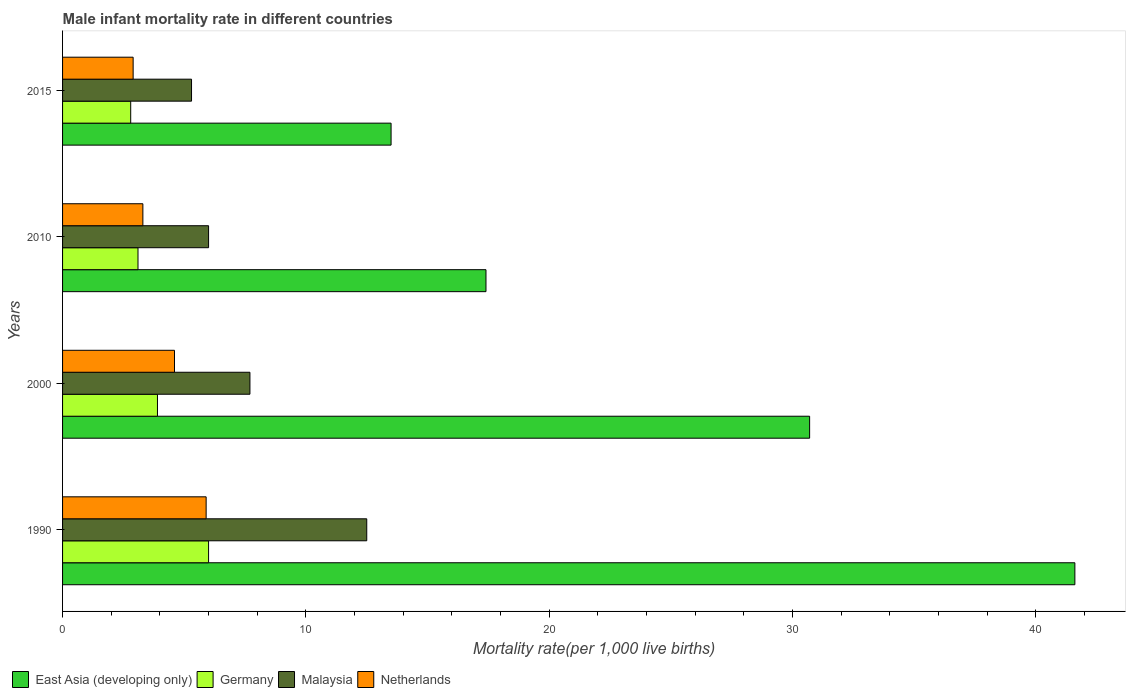
| Years | East Asia (developing only) | Germany | Malaysia | Netherlands |
 | --- | --- | --- | --- | --- |
 | 1990 | 41.6 | 6 | 12.5 | 5.9 |
 | 2000 | 30.7 | 3.9 | 7.7 | 4.6 |
 | 2010 | 17.4 | 3.1 | 6 | 3.3 |
 | 2015 | 13.5 | 2.8 | 5.3 | 2.9 |